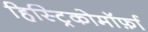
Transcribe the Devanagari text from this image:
हिस्ट्रिकोमॉर्फ़ा